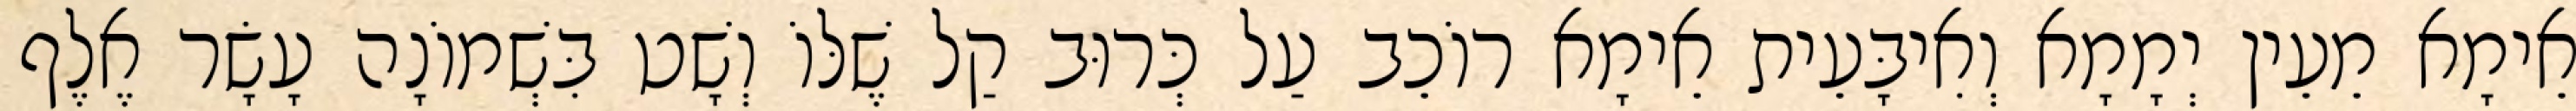
אֵימָא מֵעֵין יְמָמָא וְאִיבָּעֵית אֵימָא רוֹכֵב עַל כְּרוּב קַל שֶׁלּוֹ וְשָׁט בִּשְׁמוֹנָה עָשָׂר אֶלֶף